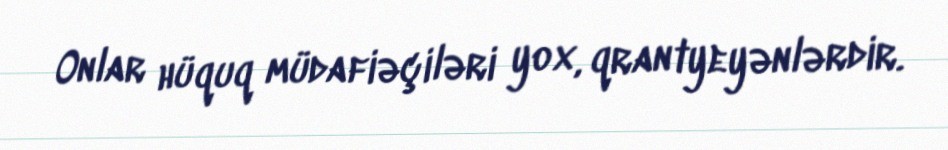
Onlar hüquq müdafiəçiləri yox, qrantyeyənlərdir.